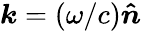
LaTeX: \boldsymbol{k}=(\omega/c)\boldsymbol{\hat{n}}